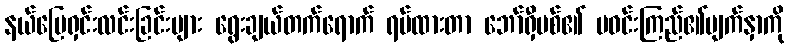
နယ်မြေရှင်းလင်းခြင်းများ ရွေးချယ်တက်ရောက် ရပ်ထားတာ ဘော်ရှီဗစ်၏ မဝင်းကြည်၏မျက်နှာကို